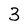
Character: 3